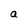
Character: a